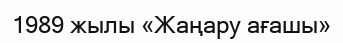
1989 жылы «Жаңару ағашы»